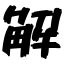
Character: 解